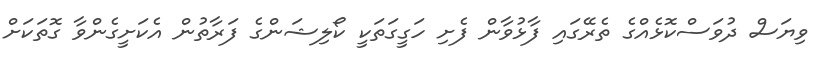
ވިޔަސް ދުވަސްކޮޅެއްގެ ތެރޭގައި ފާޅުވާން ފެށި ހަގީގަތަކީ ކޯލިޝަންގެ ފަރާތުން އެކަށީގެންވާ ގޮތަކަށް